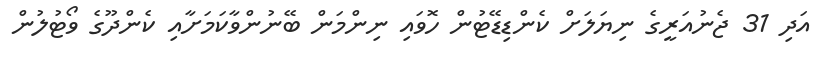
އަދި 31 ޖެނުއަރީގެ ނިޔަލަށް ކެންޑިޑޭޓުން ހޮވައި ނިންމަން ބޭނުންވާކަމަށާއި ކެންދޫގެ ވޯޓުލުން